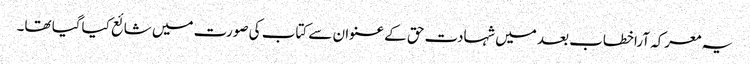
یہ معرکہ آراخطاب بعد میں شہادت حق کے عنوان سے کتاب کی صورت میں شائع کیاگیا تھا۔